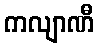
ကလျာဏီ